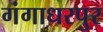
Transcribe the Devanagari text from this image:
गंगाधरपुर